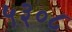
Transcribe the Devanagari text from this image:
५३०८